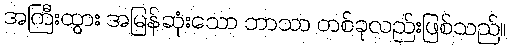
အကြီးထွား အမြန်ဆုံးသော ဘာသာ တစ်ခုလည်းဖြစ်သည်။